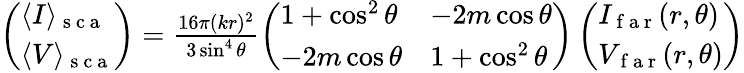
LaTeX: \begin{array}{r}{\left(\begin{array}{l}{\langle I\rangle_{\mathrm{~s~c~a~}}}\\ {\langle V\rangle_{\mathrm{~s~c~a~}}}\end{array}\right)=\frac{16\pi(kr)^{2}}{3\sin^{4}\theta}\left(\begin{array}{ll}{1+\cos^{2}\theta}&{-2m\cos\theta}\\ {-2m\cos\theta}&{1+\cos^{2}\theta}\end{array}\right)\left(\begin{array}{l}{I_{\mathrm{~f~a~r~}}(r,\theta)}\\ {V_{\mathrm{~f~a~r~}}(r,\theta)}\end{array}\right)}\end{array}